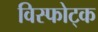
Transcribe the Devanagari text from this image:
विस्फोट्क